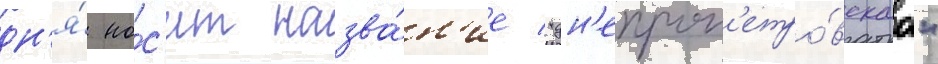
дн'я́ но́с'ит назва́н'ие "дн'епроп'етро́вскаа"